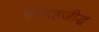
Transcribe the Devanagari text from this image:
स्मदहजीद्ध